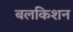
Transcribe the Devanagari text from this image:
बलकिशन